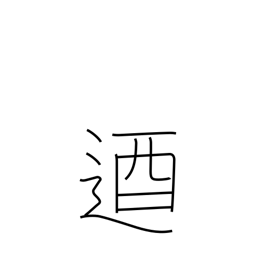
Meaning: unyielding